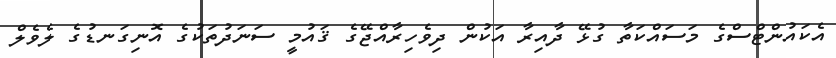
އެކައުންޓްސްގެ މަސައްކަތާ ގުޅޭ ދާއިރާ އަކުން ދިވެހިރާއްޖޭގެ ޤައުމީ ސަނަދުތަކުގެ އޮނިގަނޑުގެ ލެވެލް